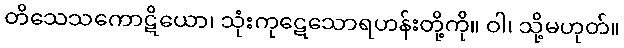
တိသေသကောဋိယော၊ သုံးကုဋေသောရဟန်းတို့ကို။ ဝါ၊ သို့မဟုတ်။